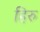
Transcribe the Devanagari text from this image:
हिरु